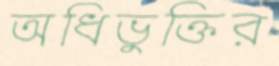
অধিভুক্তির